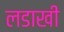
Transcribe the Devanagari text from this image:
लडाखी